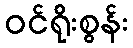
ဝင်ရိုးစွန်း